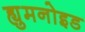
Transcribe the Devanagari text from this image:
ह्युमनोइड